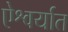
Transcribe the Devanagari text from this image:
ऐश्वर्यात